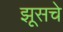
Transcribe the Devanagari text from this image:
झूसचे